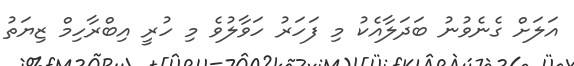
އަލަށް ގެނެވުނު ބަދަލާއެކު މި ފަހަރު ހަވާލުވެ މި ހުރީ އިބްރާހިމް ޒިޔަތު